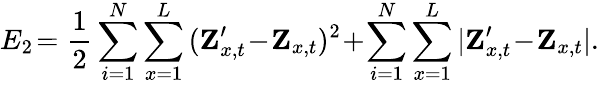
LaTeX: E_{2}\! =\frac{1}{2}\sum_{i=1}^{N}\sum_{x=1}^{L}{(\textbf Z_{x,t}^{\prime}\! -\! \textbf Z_{x,t})^{2}}\! +\! \sum_{i=1}^{N}\sum_{x=1}^{L}{|\textbf Z_{x,t}^{\prime}\! -\! \textbf Z_{x,t}|}.